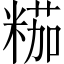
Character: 𱹐